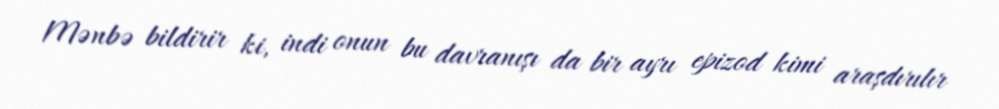
Mənbə bildirir ki, indi onun bu davranışı da bir ayrı epizod kimi araşdırılır